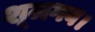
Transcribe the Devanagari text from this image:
शूलगव।